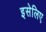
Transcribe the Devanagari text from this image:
इसेलिए